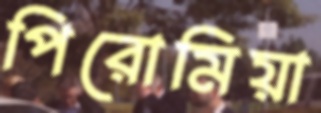
পিরোমিয়া